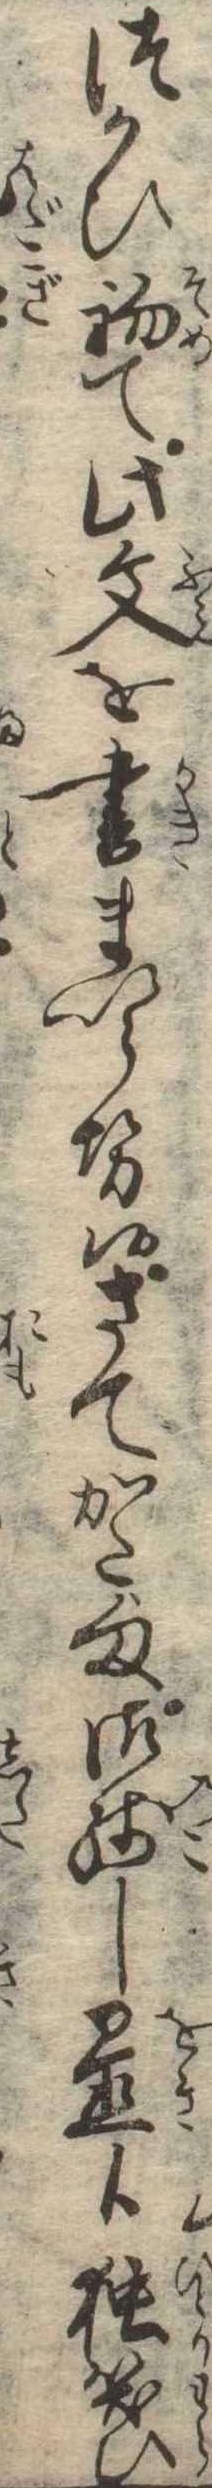
つかひ初て此文を書まいらせ候さてかた様御残し置候独笑ひ